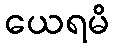
ယေရမိ